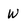
Character: W